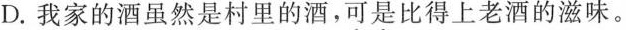
D.我家的酒虽然是村里的酒，可是比得上老酒的滋味。